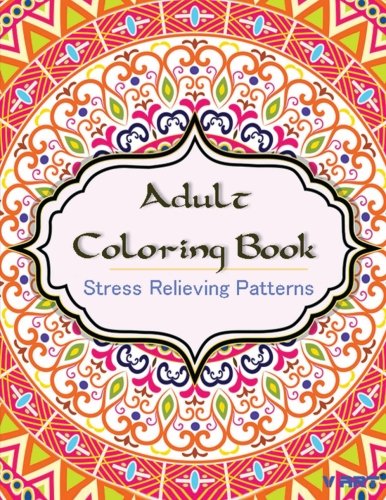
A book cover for Adult Coloring Book: Coloring Books for Adults : Stress Relieving Patterns (Volume 10); Coloring Books For Adults; Arts & Photography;